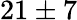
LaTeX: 21\pm 7